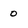
Character: 0